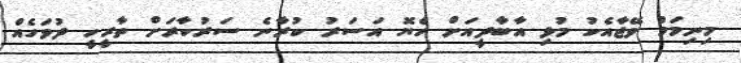
މިނިމަމް ވޭޖާއެކު މުޅި އާބާދީއަށް ހެޔޮ އަސަރު ކުރާނެ ސަރުކާރަށް ތާރީހީ ދުވަހެއް